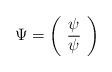
LaTeX: \begin{align*}\Psi=\left(\begin{array}{c}\psi\\\overline\psi\end{array}\right)\end{align*}